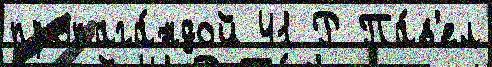
пропага́ндой 41 Р Па́в'ел